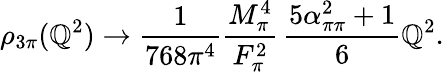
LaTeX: \rho_{3\pi}(\mathbb{Q}^{2})\rightarrow\frac{{1}}{{768\pi^{4}}}\frac{{M_{\pi}^{4}}}{{F_{\pi}^{2}}}\, \frac{{5\alpha_{\pi\pi}^{2}+1}}{{6}}\mathbb{Q}^{2}.